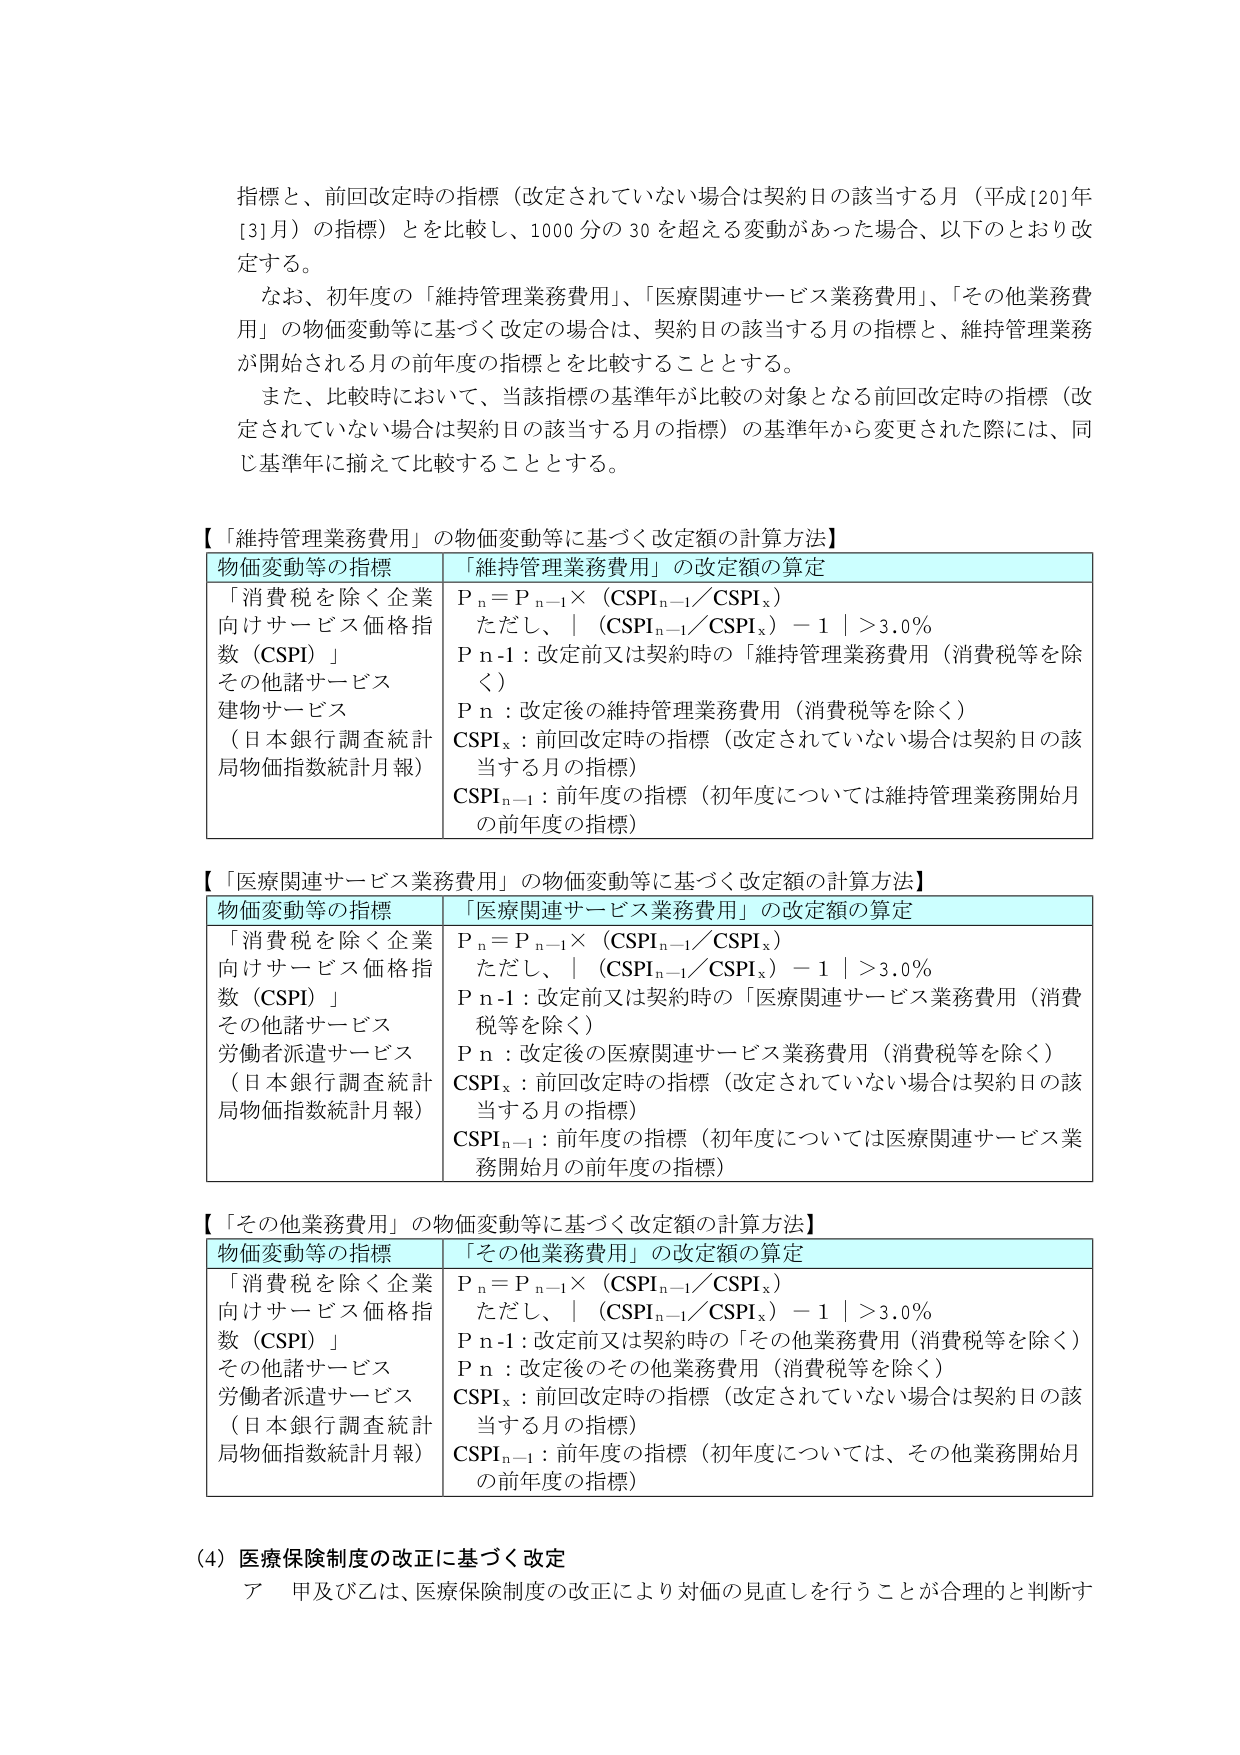
指標と、前回改定時の指標（改定されていない場合は契約日の該当する月（平成1201年[3]月）の指標）とを比較し、1000分の30を超える変動があった場合、以下のとおり改定する。

なお、初年度の「維持管理業務費用」、「医療関連サービス業務費用」、「その他業務費用」の物価変動等に基づく改定の場合は、契約日の該当する月の指標と、維持管理業務が開始される月の前年度の指標とを比較することとする。

また、比較時において、当該指標の基準年が比較の対象となる前回改定時の指標（改定されていない場合は契約日の該当する月の指標）の基準年から変更された際には、同じ基準年に揃えて比較することとする。

【「維持管理業務費用」の物価変動等に基づく改定額の計算方法】
物価変動等の指標　　「維持管理業務費用」の改定額の算定
「消費税を除く企業向けサービス価格指数（CSPI）」
その他諸サービス
建物サービス
（日本銀行調査統計局物価指数統計月報）
Pn = Pn-1 × (CSPI n-1 / CSPIx)
ただし、| (CSPI n-1 / CSPIx) - 1 | > 3.0%
Pn-1：改定前又は契約時の「維持管理業務費用（消費税等を除く）」
Pn：改定後の維持管理業務費用（消費税等を除く）
CSPIx：前回改定時の指標（改定されていない場合は契約日の該当する月の指標）
CSPI n-1：前年度の指標（初年度については維持管理業務開始月の前年度の指標）

【「医療関連サービス業務費用」の物価変動等に基づく改定額の計算方法】
物価変動等の指標　　「医療関連サービス業務費用」の改定額の算定
「消費税を除く企業向けサービス価格指数（CSPI）」
その他諸サービス
労働者派遣サービス
（日本銀行調査統計局物価指数統計月報）
Pn = Pn-1 × (CSPI n-1 / CSPIx)
ただし、| (CSPI n-1 / CSPIx) - 1 | > 3.0%
Pn-1：改定前又は契約時の「医療関連サービス業務費用（消費税等を除く）」
Pn：改定後の医療関連サービス業務費用（消費税等を除く）
CSPIx：前回改定時の指標（改定されていない場合は契約日の該当する月の指標）
CSPI n-1：前年度の指標（初年度については医療関連サービス業務開始月の前年度の指標）

【「その他業務費用」の物価変動等に基づく改定額の計算方法】
物価変動等の指標　　「その他業務費用」の改定額の算定
「消費税を除く企業向けサービス価格指数（CSPI）」
その他諸サービス
労働者派遣サービス
（日本銀行調査統計局物価指数統計月報）
Pn = Pn-1 × (CSPI n-1 / CSPIx)
ただし、| (CSPI n-1 / CSPIx) - 1 | > 3.0%
Pn-1：改定前又は契約時の「その他業務費用（消費税等を除く）」
Pn：改定後のその他業務費用（消費税等を除く）
CSPIx：前回改定時の指標（改定されていない場合は契約日の該当する月の指標）
CSPI n-1：前年度の指標（初年度については、その他業務開始月の前年度の指標）

(4) 医療保険制度の改正に基づく改定
ア　甲及び乙は、医療保険制度の改正により対価の見直しを行うことが合理的と判断す